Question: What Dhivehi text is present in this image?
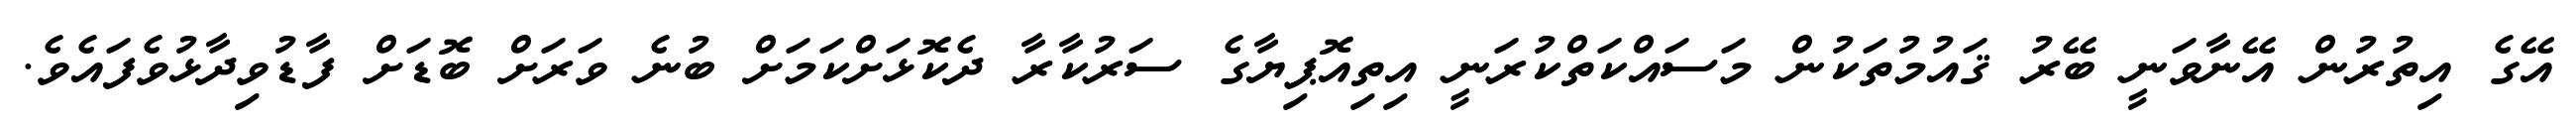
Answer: އޭގެ އިތުރުން އޭނާވަނީ ބޭރު ޤައުމުތަކުން މަސައްކަތްކުރަނީ އިތިއޮޕިޔާގެ ސަރުކާރާ ދެކޮޅަށްކަމަށް ބުނެ ވަރަށް ބޮޑަށް ފާޑުވިދާޅުވެފައެވެ.